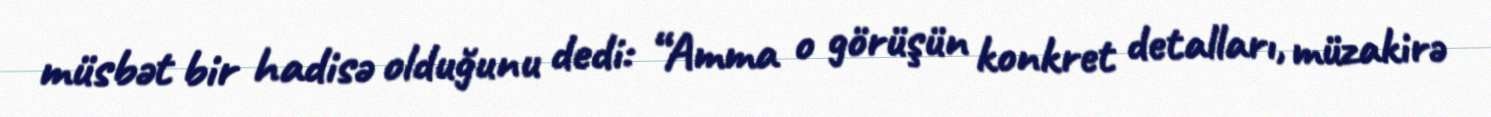
müsbət bir hadisə olduğunu dedi: “Amma o görüşün konkret detalları, müzakirə